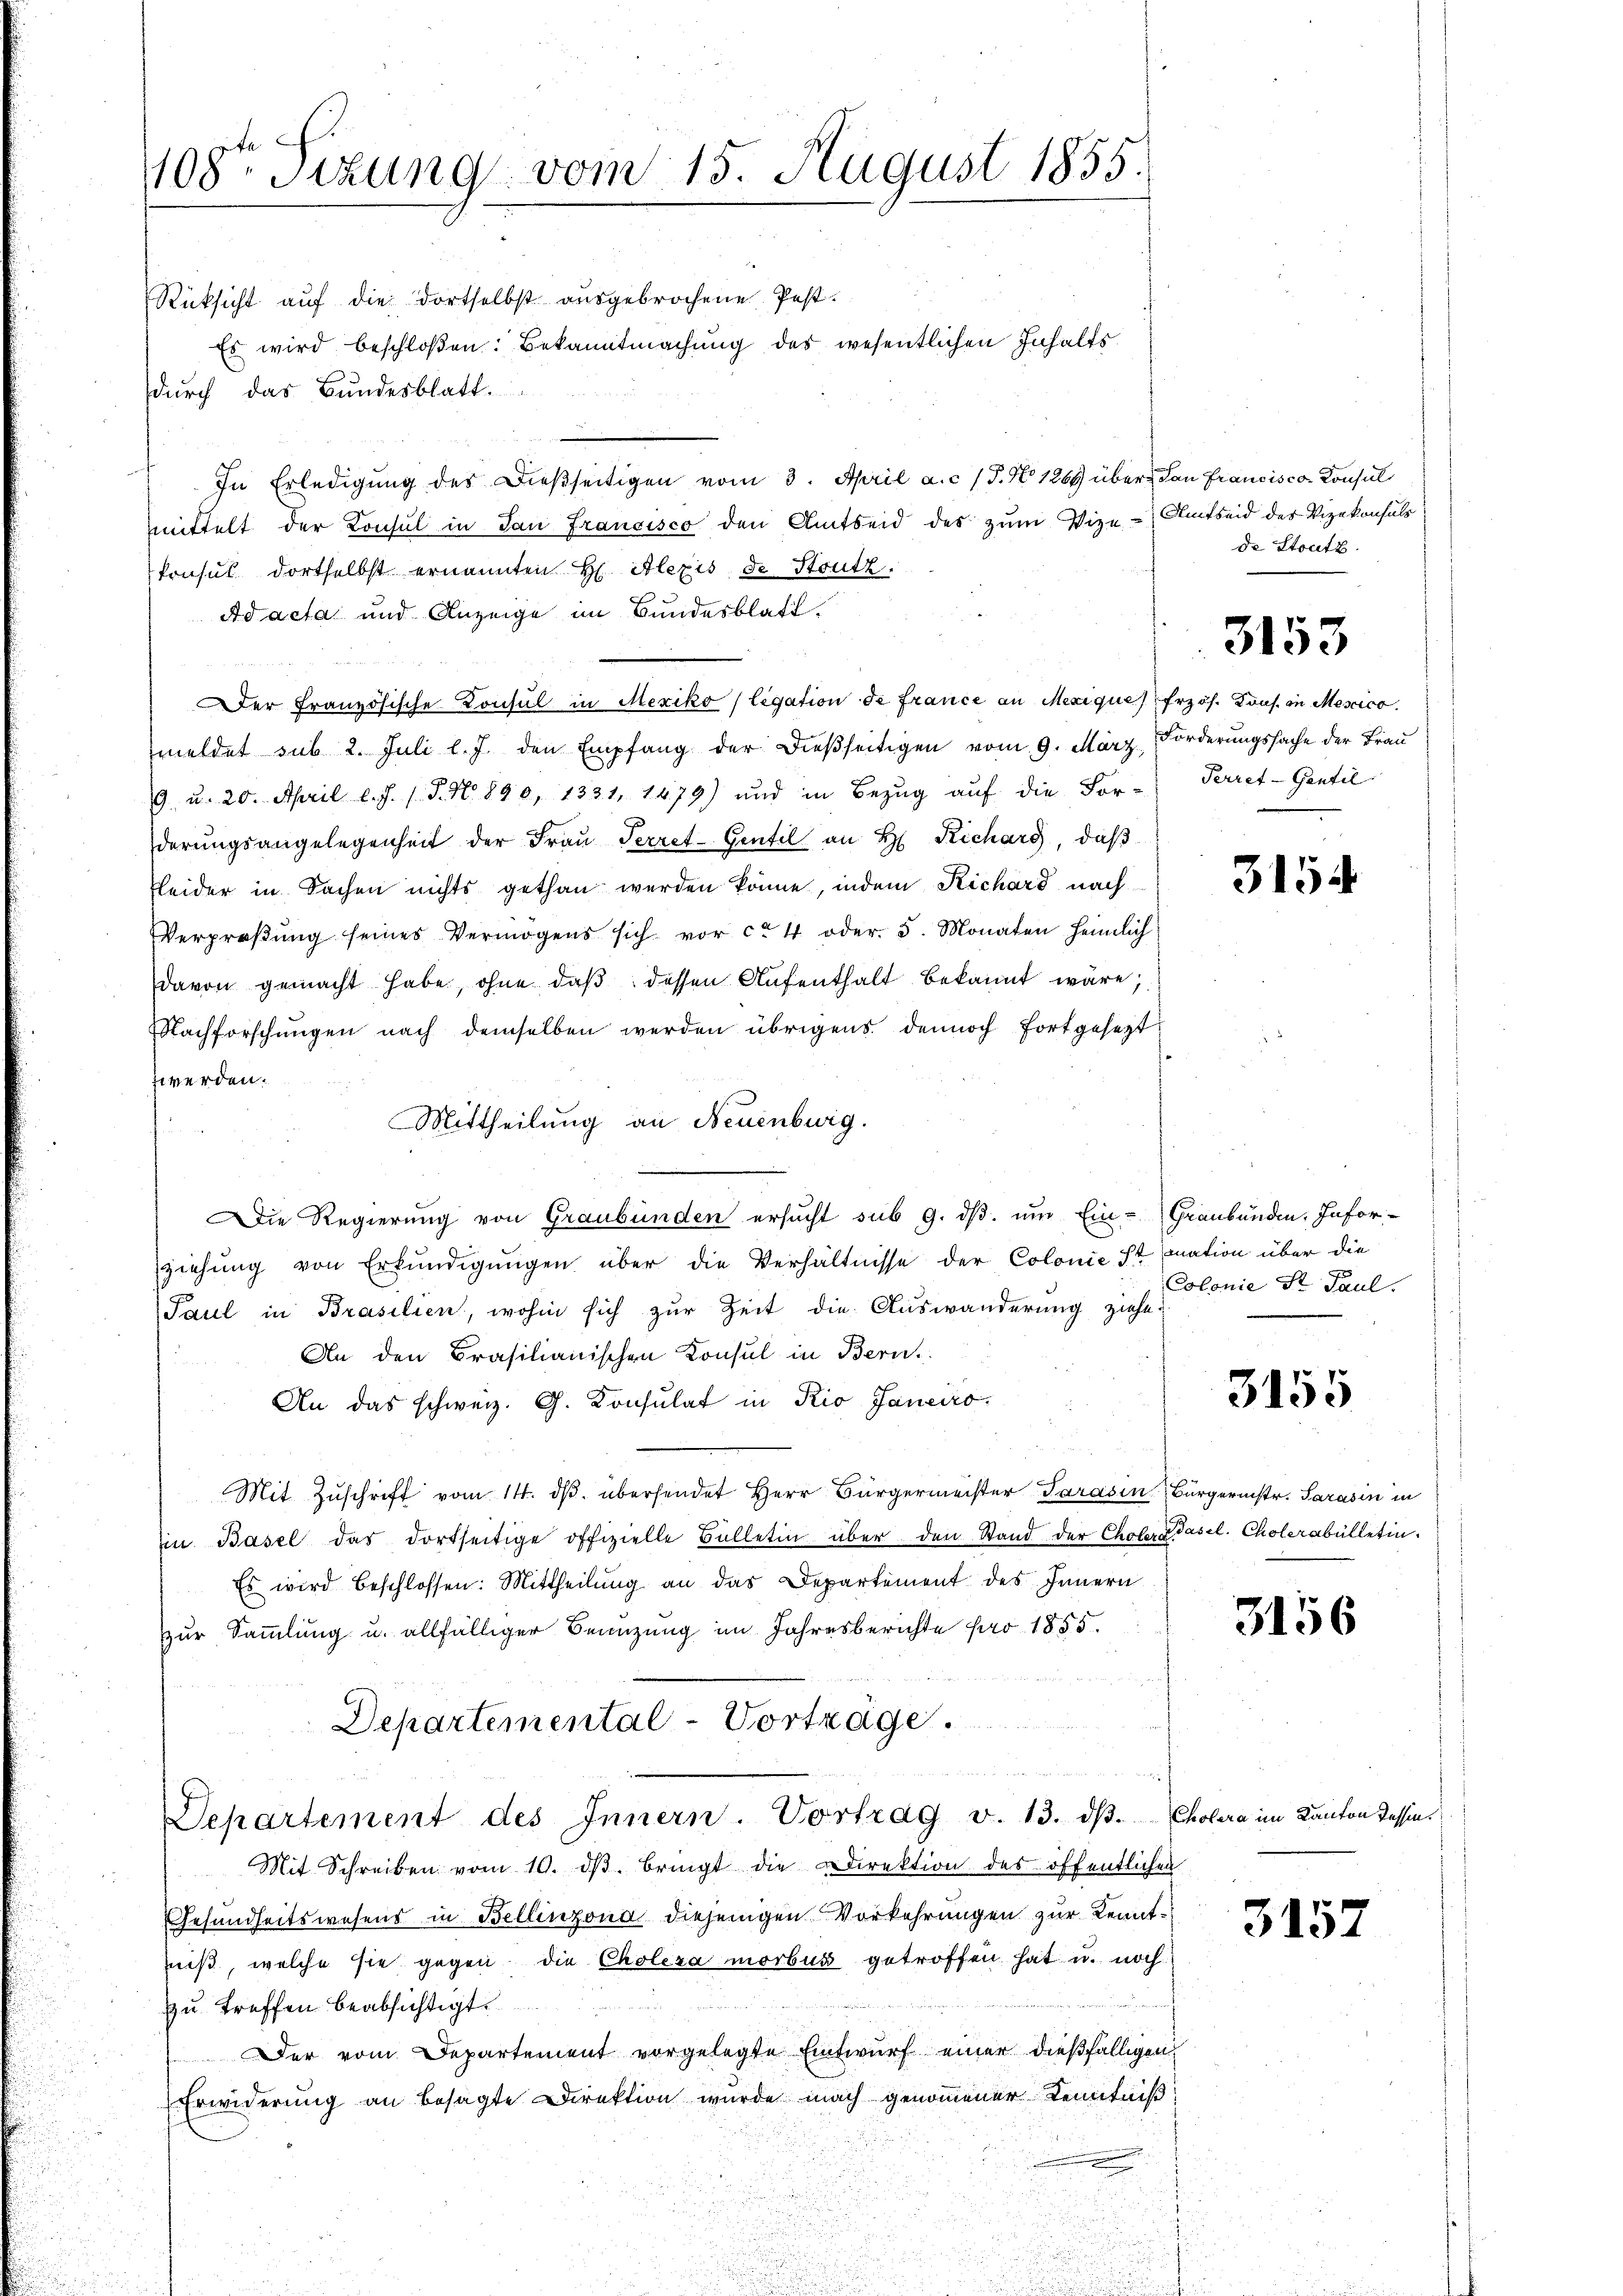
1108ten Sizung vom 15. August 1855.

Rücksicht auf die dortselbst ausgebrochene Pest.
Es wird beschloßen: Bekanntmachung des wesentlichen Inhaltsdurch das Bundesblatt.
In Erledigŭng des Dieβseitigen vom 3. April a. c. (T. No 1269 über dan francisco Konsul
mittelt der Konsul in San Francisco den Amtseid des zŭm Vize-Amtseid des Vizekonsuls
konsul dortselbst ernannten H. Alexis de Stutz.
Ad acta und Anzeige im Bundesblatt.
Der Französische Konsul in Mexiko (ligation de france an Mexique, Erzös. Kons. in Mescico.
meldet sub 2. Juli l. J. den Empfang der dießseitigen vom 9. März Forderungssache der Frau
9. u. 20. April l. J. J. J. N. 890, 1331, 1479) und in Bezŭg aŭf die For- Perret-Gentil
derungsangelegenheit der Frau Perret-Gentel an H. Richars, daß
Kleider in Sachen nichts gethan werden könne, indem Richard nach
Verproβŭng seines Vermögens sich vor ca 4 oder 5. Monaten heimlich
davon gemacht habe, ohne daß dessen Aufenthalt bekannt wäre,
Nachforschŭngen nach demselben werden übrigens dennoch fortgesezt
z werden.
Mittheilung an Neuenburg.
Die Regierung von Graubünden ersucht sub 9. ds. um Ein-Graubünden, Infor-
ziehung von Erkundigungen über die Verhältnisse der Colonie ist nation über die
Paul in Brasilien, wohin sich zur Zeit die Auswanderung ziehe.
An den Brasilianischen Konsul in Bern
An das schweiz. G. Konsulat in Rio Janeiro
Mit Zŭschrift vom 14. dβ übersendet Herr Bürgermeister Parasen Bürgernistr. Sarasin in
in Basel das dortseitige offizielle Bülletin über den Stand der Choler dasel. Cholerabülletin.
Es wird beschlossen: Mittheilŭng an das Departement des Innern
zur Sammlung u. allfälliger Beanzung im Jahresberichte pro 1855.
Departemental-Vortrage.
Departement des Innern. Vortrag v. 13. dβ. Cholera im Kanton Tessin¬
Mit Schreiben vom 10. dβ. bringt die Direktion des öffentlichen
Gesundheitswesens in Bellinzona diejenigen Vorkehrungen zur Kenntiß, welche sie gegen die Choleza morbus getroffen hat u. noch
zu treffen beabsichtigt.
Der vom Departement vorgelegte Entwurf einer dießfälligen
Erwiderung an besagte Direktion wurde mach genommener Kenntniß

de Stutz

3153

3154

Colonie St. Paul.

3155

3156

3157